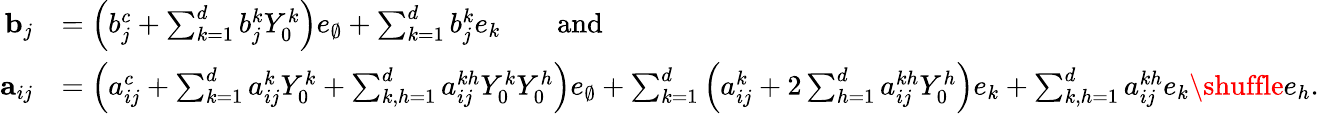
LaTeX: \begin{array}{rl}{{\mathbf b}_{j}}&{=\Big(b_{j}^{c}+\sum_{k=1}^{d}b_{j}^{k}Y_{0}^{k}\Big)e_{\emptyset}+\sum_{k=1}^{d}b_{j}^{k}e_{k}\qquad\mathrm{and}}\\ {{\mathbf a}_{ij}}&{=\Big(a_{ij}^{c}+\sum_{k=1}^{d}a_{ij}^{k}Y_{0}^{k}+\sum_{k,h=1}^{d}a_{ij}^{kh}Y_{0}^{k}Y_{0}^{h}\Big)e_{\emptyset}+\sum_{k=1}^{d}\Big(a_{ij}^{k}+2\sum_{h=1}^{d}a_{ij}^{kh}Y_{0}^{h}\Big)e_{k}+\sum_{k,h=1}^{d}a_{ij}^{kh}e_{k}\shuffle e_{h}.}\end{array}